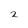
Character: 2